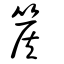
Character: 篌